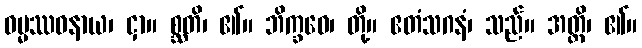
ဓမ္မဿဝနာယ၊ ငှာ။ စ္ဆတိ၊ ၏။ ဘိက္ခဝေ၊ တို့။ ဧတံသဂနံ၊ သည်။ အတ္ထိ၊ ၏။